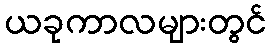
ယခုကာလများတွင်